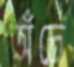
অঁদ্রে